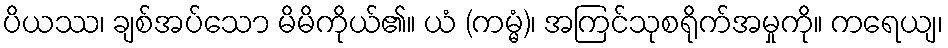
ပိယဿ၊ ချစ်အပ်သော မိမိကိုယ်၏။ ယံ (ကမ္မံ)၊ အကြင်သုစရိုက်အမှုကို။ ကရေယျ၊